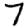
Digit: 7